Report on lock hospitals in British Burma
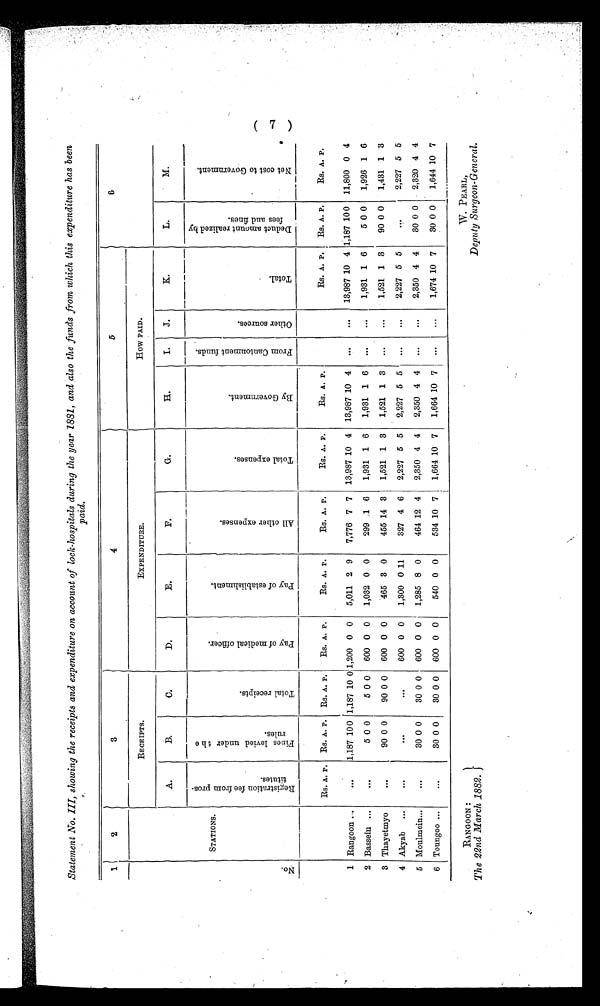
RANGOON :
The 22nd March 1882.}
W. PEARL,
Deputy Surgeon-General.
Statement No. III, showing the receipts and expenditure on account of lock-hospitals during the year 1881, and also the funds from which this expenditure has been
paid.
1
2
3
4
5
6
No
STATIONS.
RECEIPTS.
EXPENDITURE.
How PAID.
A.
B.
C.
D .
E.
F.
G.
H.
I.
J.
K.
L.
M.
R e g i s t r a t i o n f e e f r o m p r o s t i t u t e s .
F i n e s l e v i e d u n d e r t h e r u l e s .
T o t a l r e c e i p t e .
P a y o f m e d i c a l o f f i c e r .
P a y o f e s t a b l i s h m e n t .
A l l o t h e r e x p e n s e s .
T o t a l e x p e n s e s .
B y G o v e r n m e n t .
F r o m C a n t o n m e n t f u n d s .
O t h e r s o u r c e s .
T o t a l .
D e d u c t a m o u n t r e a l i z e d b y f e e s a n d f i n e s .
N e t c o s t t o G o v e r n m e n t .
Rs. A. P. Rs. A. P. Rs. A. P.
Rs. A. P.
Rs. A. P.
Rs. A. P.
Rs. A. P.
Rs. A. P.
Rs. A. P. Rs. A. P.
RS. A. P.
1 Rangoon . ,.
...
1,187 100 1,187 10 0 1,200 0 0
5,011 2 9
7,776 7 7 13,987 10 4 13,987 10 4
...
13,987 10 4 1,187 100 11,800 0 4
2 Bassein ...
...
5 0 0
5 0 0 600 0 0
1,032 0 0
299 .1 6
1,931 1 6
1,931 1 6
...
...
1,931 1 6
5 0 0
1,926 1 6
3 Thayetmyo
...
90 0 0
90 0 0 600 0 0
465 3 0
455 14 3
1,521 1 3
1,521 1 3
...
...
1,521 1 3
90 0 0
1,431 1 3
4 Akyab ...
...
...
. . .
600 0 0
1,300 0 11
327 4 6
2,227 5 5
2,227 5 5
...
...
2,227 5 5
2,227 5 5
5 Moulmein...
...
30 0 0
30 0 0 600 0 0
1,285 8 0
464 12 4
2,350 4 4
2,350 4 4
...
...
2,350 4 4
30 0 0
2,320 4 4
6 Toungoo ...
...
30 0 0
30 0 0 600 0 0
540 0 0
534 10 7
1,664 10 7
1,664 10 7
... I...
1,674 10 7
30 0 0
1,644 10 7